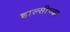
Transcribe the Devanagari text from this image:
हाल्सीच्या